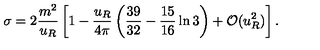
\sigma = 2 \frac { m ^ { 2 } } { u _ { R } } \left[ 1 - \frac { u _ { R } } { 4 \pi } \left( \frac { 3 9 } { 3 2 } - \frac { 1 5 } { 1 6 } \ln 3 \right) + { \cal O } ( u _ { R } ^ { 2 } ) \right] .